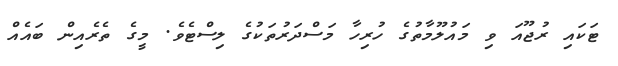
ޓަކައި ރުޖޫއަ ވި މައުލޫމާތުގެ ހުރިހާ މަސްދަރުތަކުގެ ލިސްޓެވެ. މީގެ ތެރެއިން ބައެއް